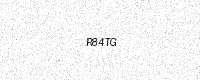
Text: R84TG